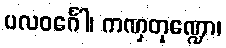
ပလဝင်္ဂေါ၊ ကဏှတုဏ္ဍော၊